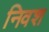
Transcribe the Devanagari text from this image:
निवश